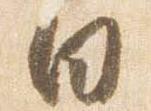
白